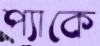
প্যাকে